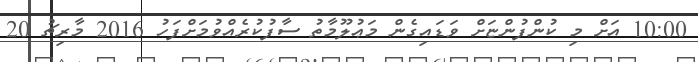
10:00 އަށް މި ކުންފުންޏަށް ވަޑައިގެން މަޢުލޫމާތު ސާފުކުރެއްވުމަށްފަހު 2016 މާރިޗު 20